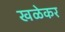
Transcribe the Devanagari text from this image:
खळेकर